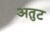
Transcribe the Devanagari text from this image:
अतुट